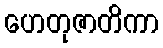
ဟေတုဇာတိကာ